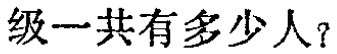
级一共有多少人？